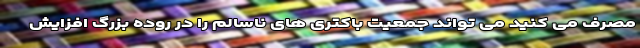
مصرف می کنید می تواند جمعیت باکتری های ناسالم را در روده بزرگ افزایش